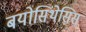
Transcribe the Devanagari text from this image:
बयोसिंथेसिस